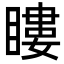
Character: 瞜